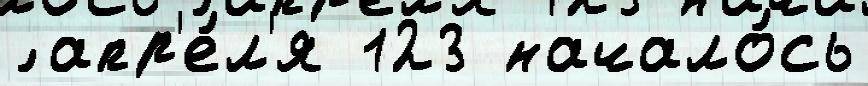
́ апр'е́л'я 123 начало́сь